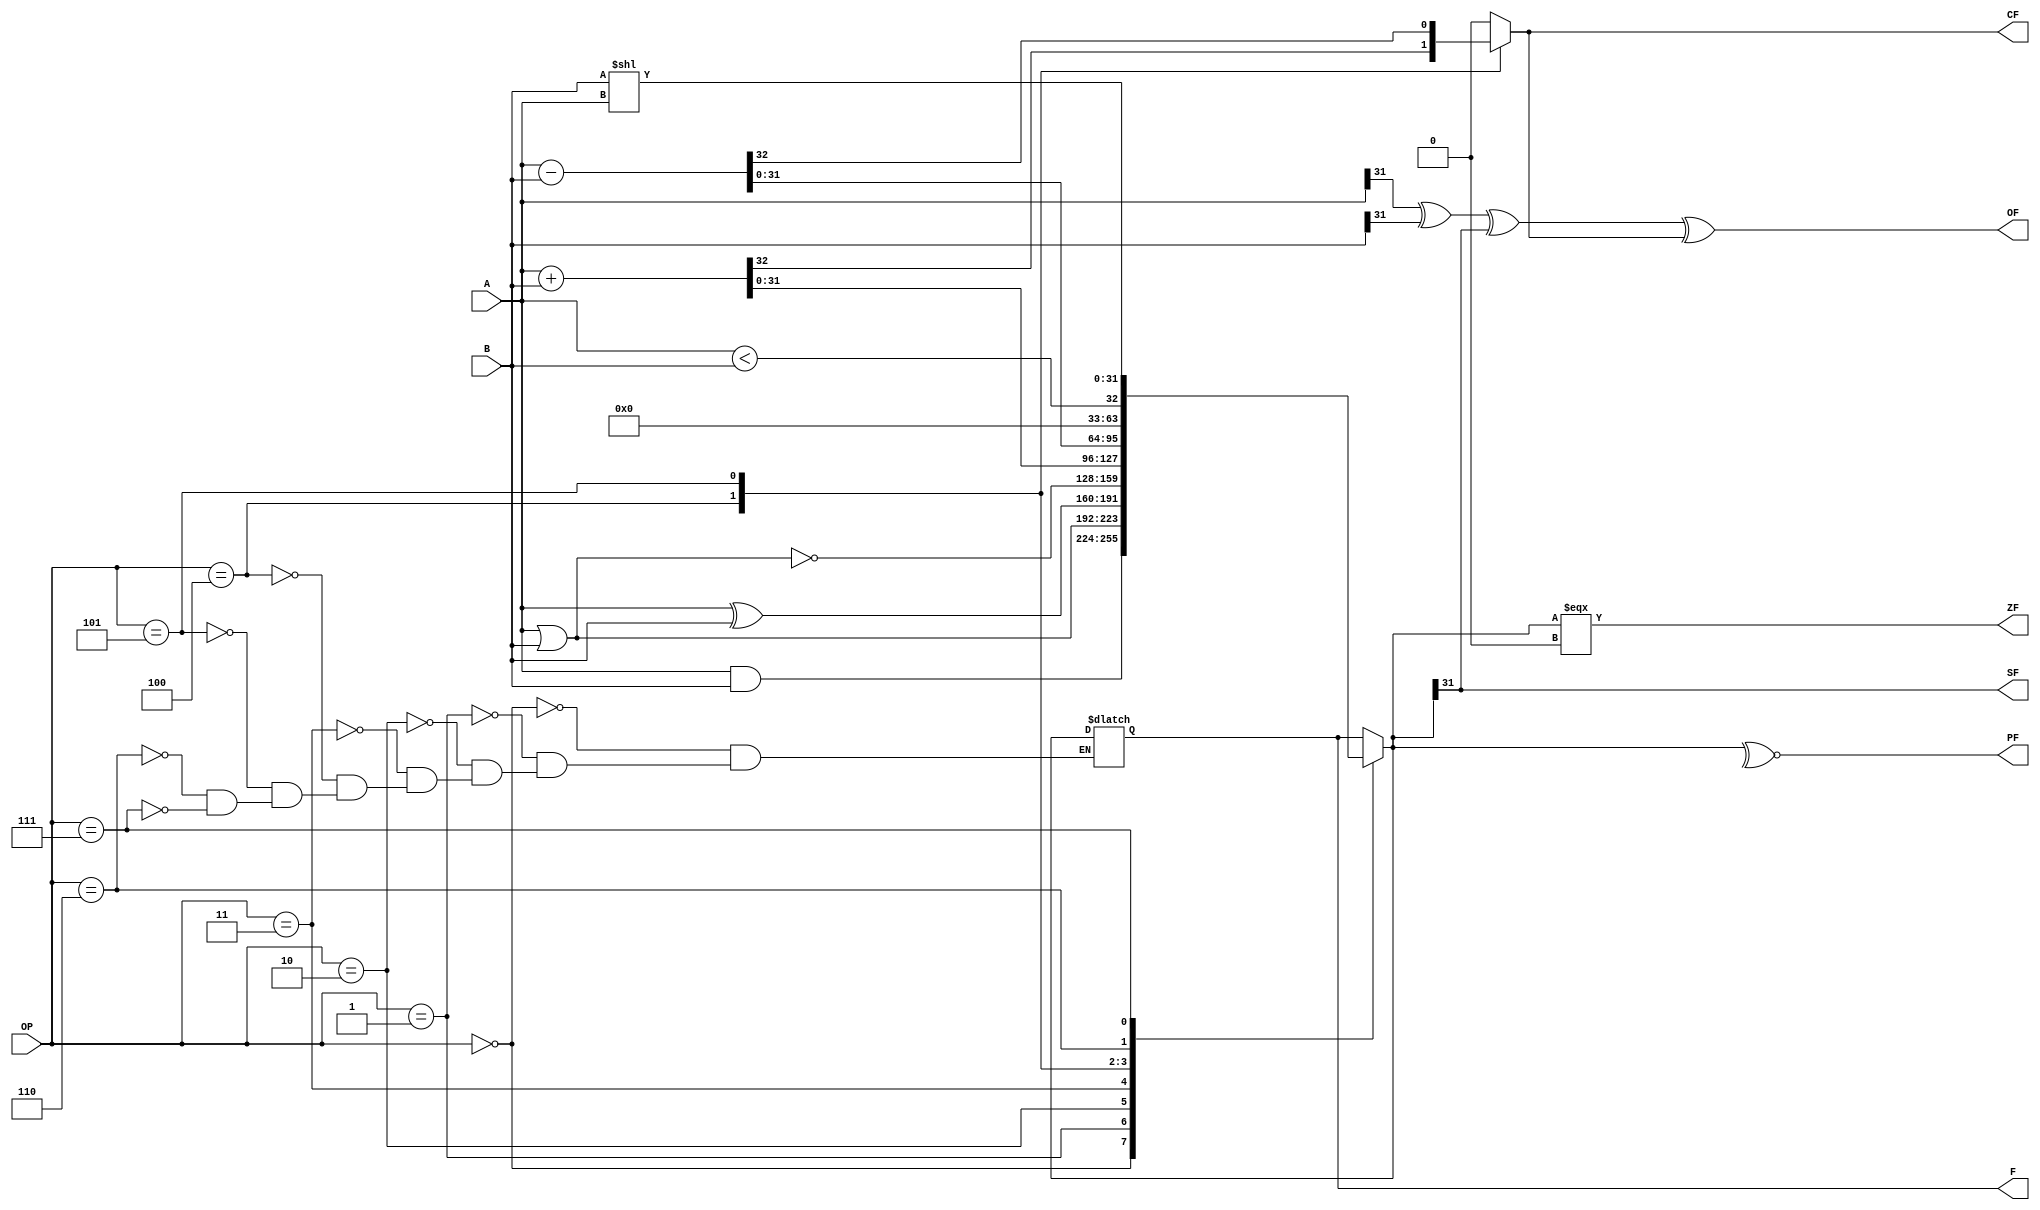
`timescale 1ns / 1ps
//////////////////////////////////////////////////////////////////////////////////
// Company: 
// Engineer: 
// 
// Design Name: 
// Module Name: ALU
// Project Name: 
// Target Devices: 
// Tool Versions: 
// Description: 
// 
// Dependencies: 
// 
// Revision:
// Revision 0.01 - File Created
// Additional Comments:
// 
//////////////////////////////////////////////////////////////////////////////////


module ALU(OP, A, B, F, ZF, CF, OF, SF, PF);
    parameter SIZE = 32;
    input [3:0] OP;
    input [SIZE:1] A;
    input [SIZE:1] B;
    output reg [SIZE:1] F;
    output ZF, CF, OF, SF, PF;
    reg C, ZF, CF, OF, SF, PF;
    
    always @(*)
    begin
        C = 0;
        case(OP)
            4'b0000: begin F = A & B; end
            4'b0001: begin F = A | B; end
            4'b0010: begin F = A ^ B; end
            4'b0011: begin F = ~(A | B); end
            4'b0100: begin {C, F} = A + B; end
            4'b0101: begin {C, F} = A - B; end
            4'b0110: begin F = A < B; end
            4'b0111: begin F = B << A; end
        endcase
        ZF = F === 0;
        CF = C;
        OF = A[SIZE]^B[SIZE]^F[SIZE]^C;
        SF = F[SIZE];
        PF = ~^F;
    end
endmodule